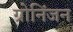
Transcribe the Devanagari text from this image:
ग्रोनिंजन